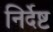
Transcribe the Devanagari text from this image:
निर्देष्ट